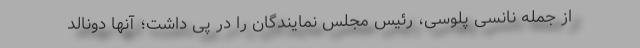
از جمله نانسی پلوسی، رئیس مجلس نمایندگان را در پی داشت؛ آنها دونالد